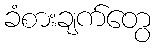
ခံစားချက်တွေ